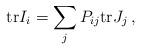
LaTeX: \begin{align*}{\rm tr} I_i = \sum_j P_{ij} {\rm tr} J_j \,, \end{align*}